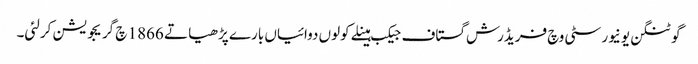
گوٹنگن یونیورسٹی وچ فریڈرش گستاف جیکب ہینلے کولوں دوائیاں بارے پڑھیا تے 1866 چ گریجویشن کرلئی۔